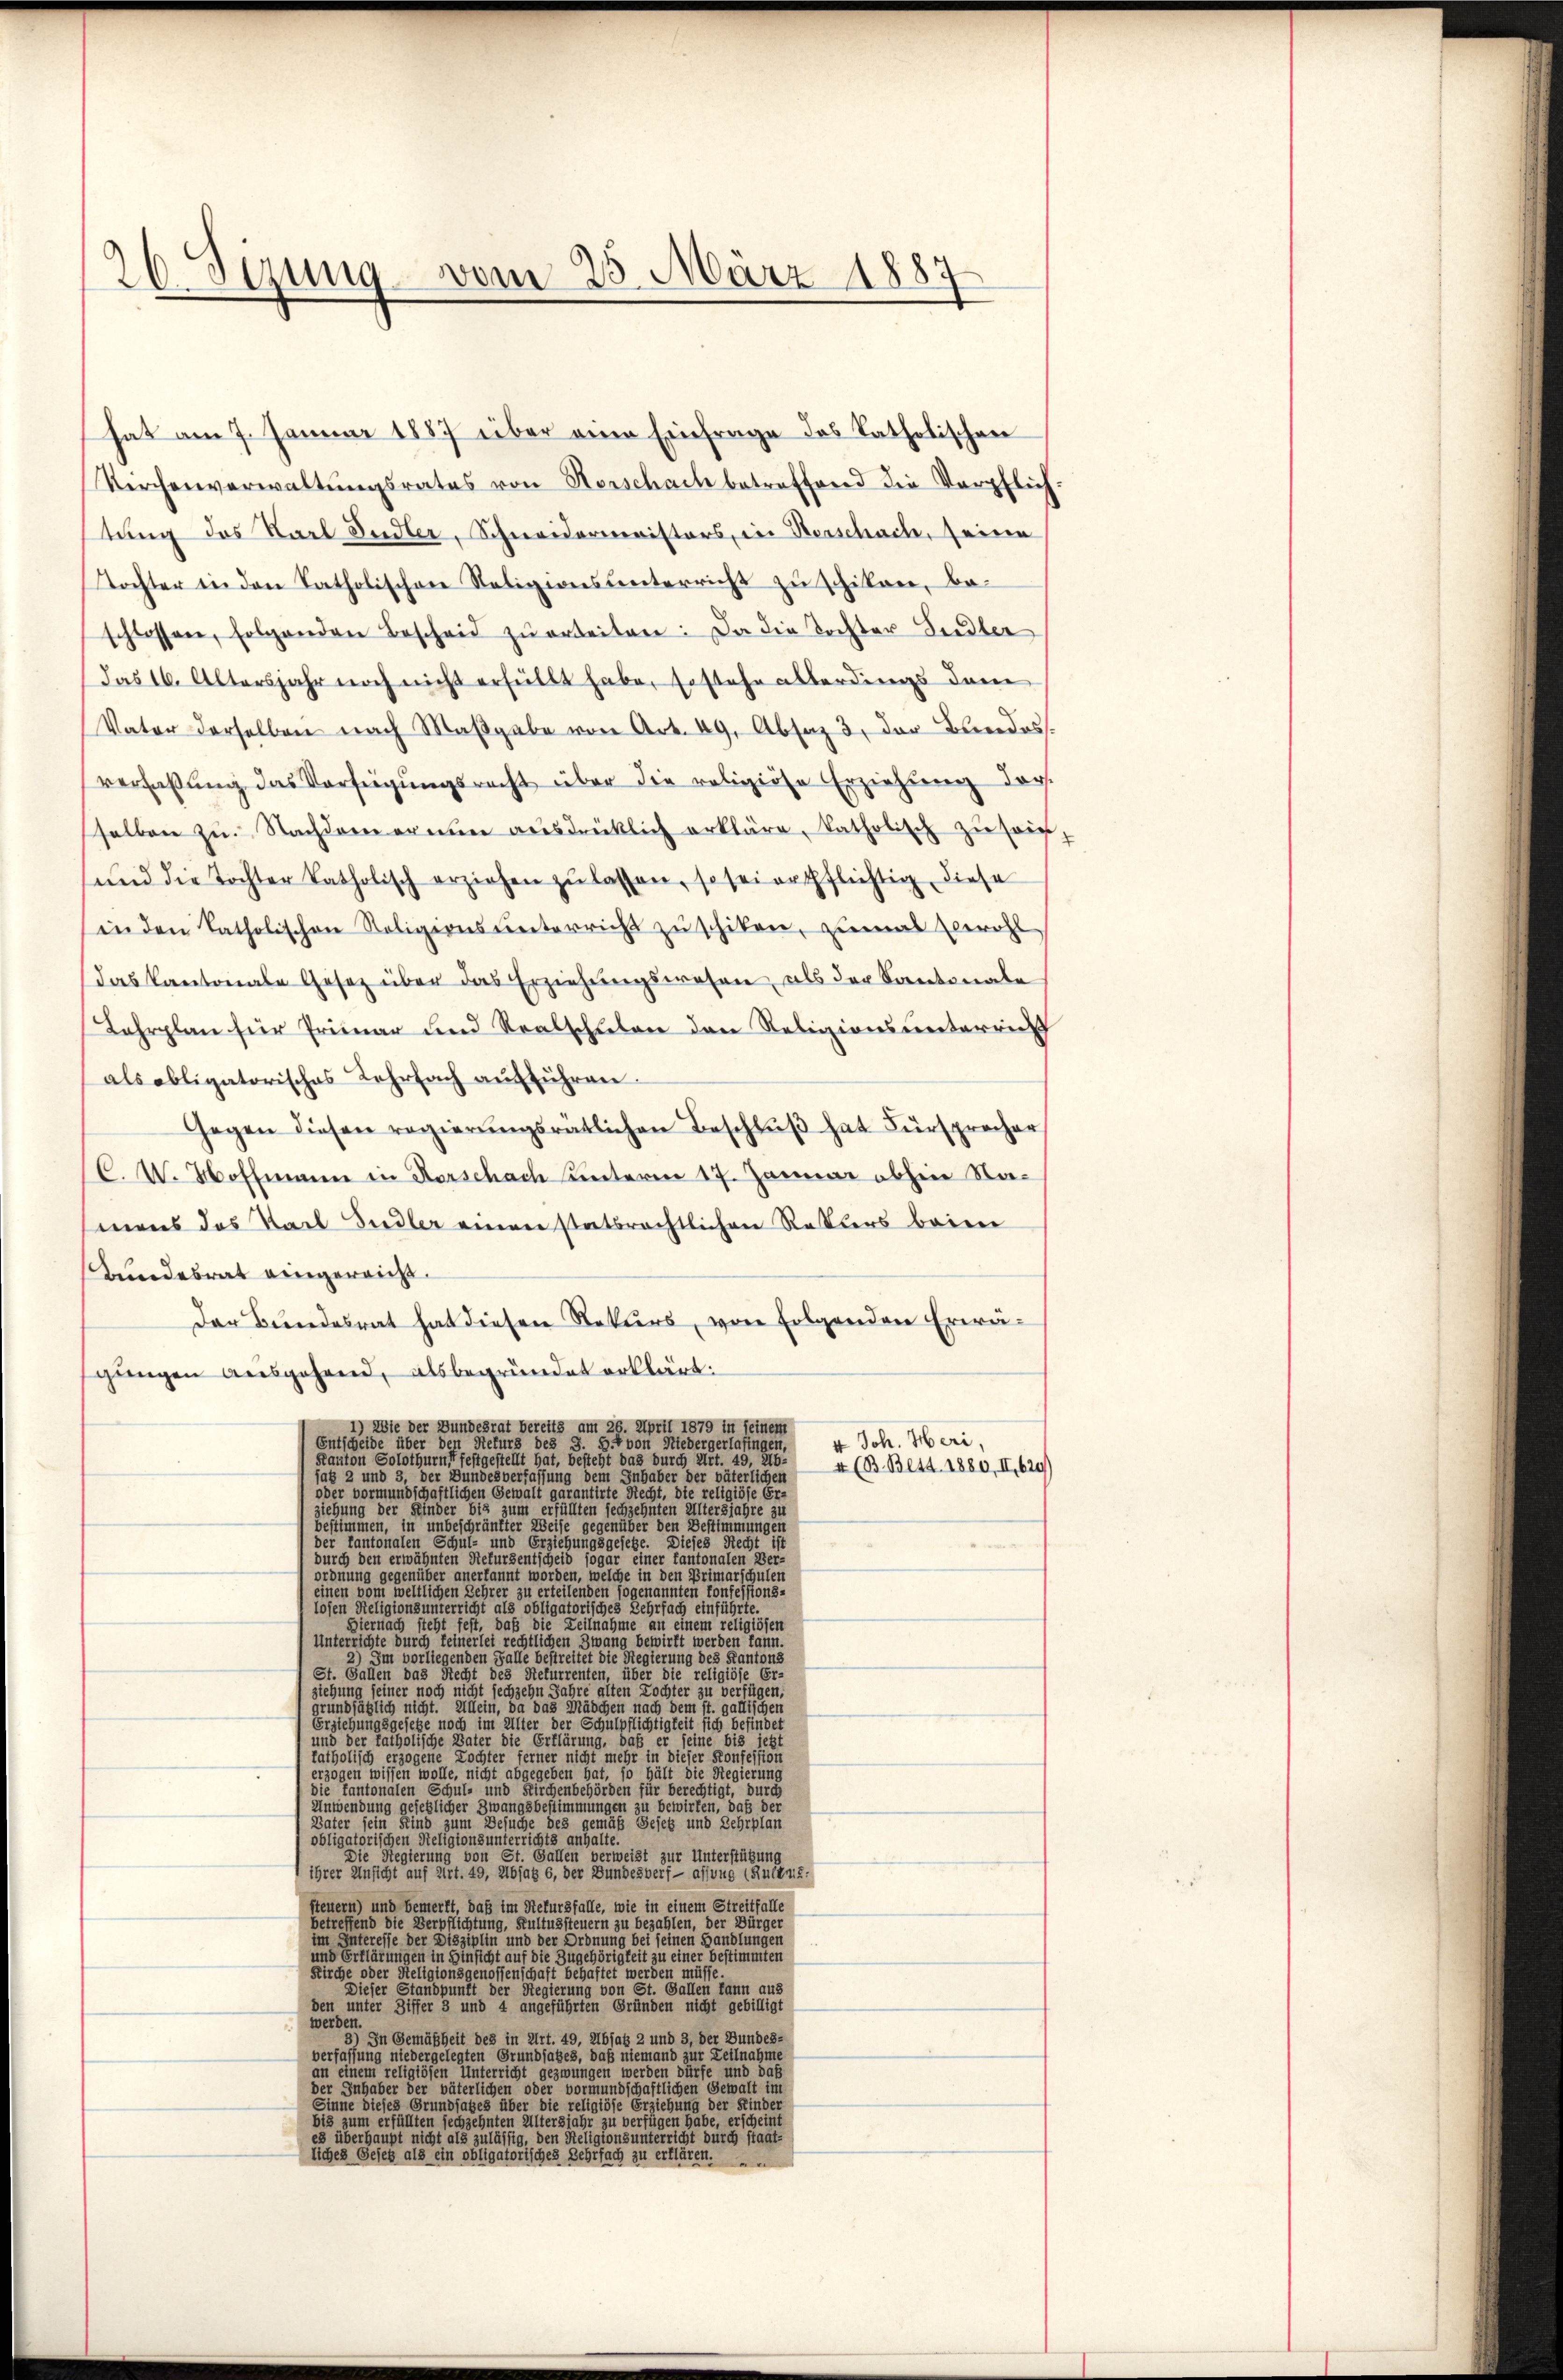
26. Sizung vom 25. März 1884

hat am 7. Januar 1887 über eine Eintrage das katholischen
Kirchenverwaltungsrates von Vorschach betreffend die Verpflich
tung des Karl Judler, Schnendarmeritters, in Vorschache, seine
Tochter in den Katholischen Religionsbenterricht zu schikon, beschlossen, folgenden Bescheid zŭarbeiten: Da die Tochter Sidler
das 16. Altersjahr noch nicht erhüllt habe, testehe abberdings darin
Vater derselben nach Maβgabe von Art. 49, Abtag 3. der Beredos.
verlaßung das Vorteigungsrecht über die religiöse Erziehung der
talben zu. Nachdem ermier ausdrücklich erkläre, katholisch zu sei
ŭnd die Tochter katholisch erziehen zŭ lassen, so sei erpflichtig diese
in den katholischen Religionsunterricht zŭ schiken, niemal wohl
das Kantonale Gesetz über das Erziehungswesen als der Santonale
Lahrplan für Primar und Realschulen den Religionsunterrich
als obligatorisches Lehrfach aufführen.
Gegen diesen regierŭngsrätlichen Beschlŭβ hat Fürsprecher
C. W. Hottmann in Horschach unteren 17. Januar absein Namaus das Karl Sidler einen statsrechtlichen Rotters beiden
Bundesrat eingereicht.
Der Bundesrat hat diesen Rekurs, von Folgenden Erwägungen ausgehend, als begründet erklärt:
I Die der Bundesrat bereits am 26. April 1879 in Leister
4 Joh. Heri,
Entscheide über den Rekurs des S. 5. von Niedergerlafingen,
Kanton Solothurnst festgestellt hat, besteht das durch Art. 49, Ab-
4 (B. Bett. 1880, II, 620)
sag 2 und 3, der Bundesverfassung dem Inhaber der väterlichen
oder vormundschaftlichen Gewalt garantirte Recht, die religiöse Er-
ehung der Kinder bis zum erfüllten sechzehnten Altersjahre zu
bestimmen, in unbeschränkter Weise gegenüber den Bestimmungen
r kantonalen Schul- und Erziehung
setze. Diese
nten Rekursentscheid
tant,
durch den ert
enüber anerkannt worden
ordnung
lche in den Pr
en 100
lichen Lehrer zu erteil
 sogenannten
3 Lehrfach e
losen Religionsunterricht als obli
Hiernach steht fest, daß die Teilnahme an einen
Unterrichte durch Teinerlei rechtlichen
ewirft we
u
Im vorliegenden Falle be
gierung d
St. Gallen das Recht des Reli
die re
Tochter zu
ziehung seiner noch nicht sechzeh
rundsätzlich nicht. Allein, da das
 dem
Erziehungsgesetze noch im Alter der G
und der katholische Vater die Erklärung
katholisch erzogene Kochter ferner nicht in
ierung
erzogen wissen wolle, nicht abgegeben hat, so hält di
die kantonalen Schul- und Kirchenbehörden für berechtigt, durch
Anwendung gesetzlicher Zwangsbestimmungen zu bewirken, daß s
Vater sein Kind zum Besuche des gemäß Besetz und Lehrplan
obligatorischen Religionsunterrichts anhalte.
ierung von St. Gallen verweist zur Unterstützung
ie S
ihrer Unsicht auf Art. 49, Absatz 6, der Bundesverf - assung (Rultnis.
steuern) und bemerkt, daß im Rekursfalle, wie in einem Streitfalle
betreffend die Verpflichtung, Kultussteuern zu bezahlen, der Bürger
im Interesse der Disziplin und der Ordnung bei seinen Handlungen
und Erklärungen in Hi
uf die Zugehörigkeit zu einer bestimmten
enschaft behaftet werden müsse.
Kirche oder Religions
Dieser Standpunkt der Regierung von St. Gallen kann aus
den unter Ziffer 3 und 4 angeführten Gründen nicht gebilligt
werden
In Gemäßheit des in Art. 49, Absatz 2 und 3, der Bundes-
verfassung niedergelegten Grundsatzes, daß niemand zur Teilnahme
in ein
en werden dürfe und daß
ligiös
ndschaftlichen Gewalt im
der
5
hung der Kinder
Sinne die
e
rscheint
bis zum
überhaupt nicht als
t durch staat-
liches Gesetz als ein obligat
zu erklären